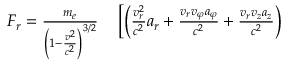
\begin{array} { r l } { F _ { r } = \frac { m _ { e } } { \left( 1 - \frac { v ^ { 2 } } { c ^ { 2 } } \right) ^ { 3 / 2 } } } & { { } \left[ \left( \frac { v _ { r } ^ { 2 } } { c ^ { 2 } } a _ { r } + \frac { v _ { r } v _ { \varphi } a _ { \varphi } } { c ^ { 2 } } + \frac { v _ { r } v _ { z } a _ { z } } { c ^ { 2 } } \right) \right. } \end{array}